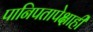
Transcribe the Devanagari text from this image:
पानिपतापेक्षाही